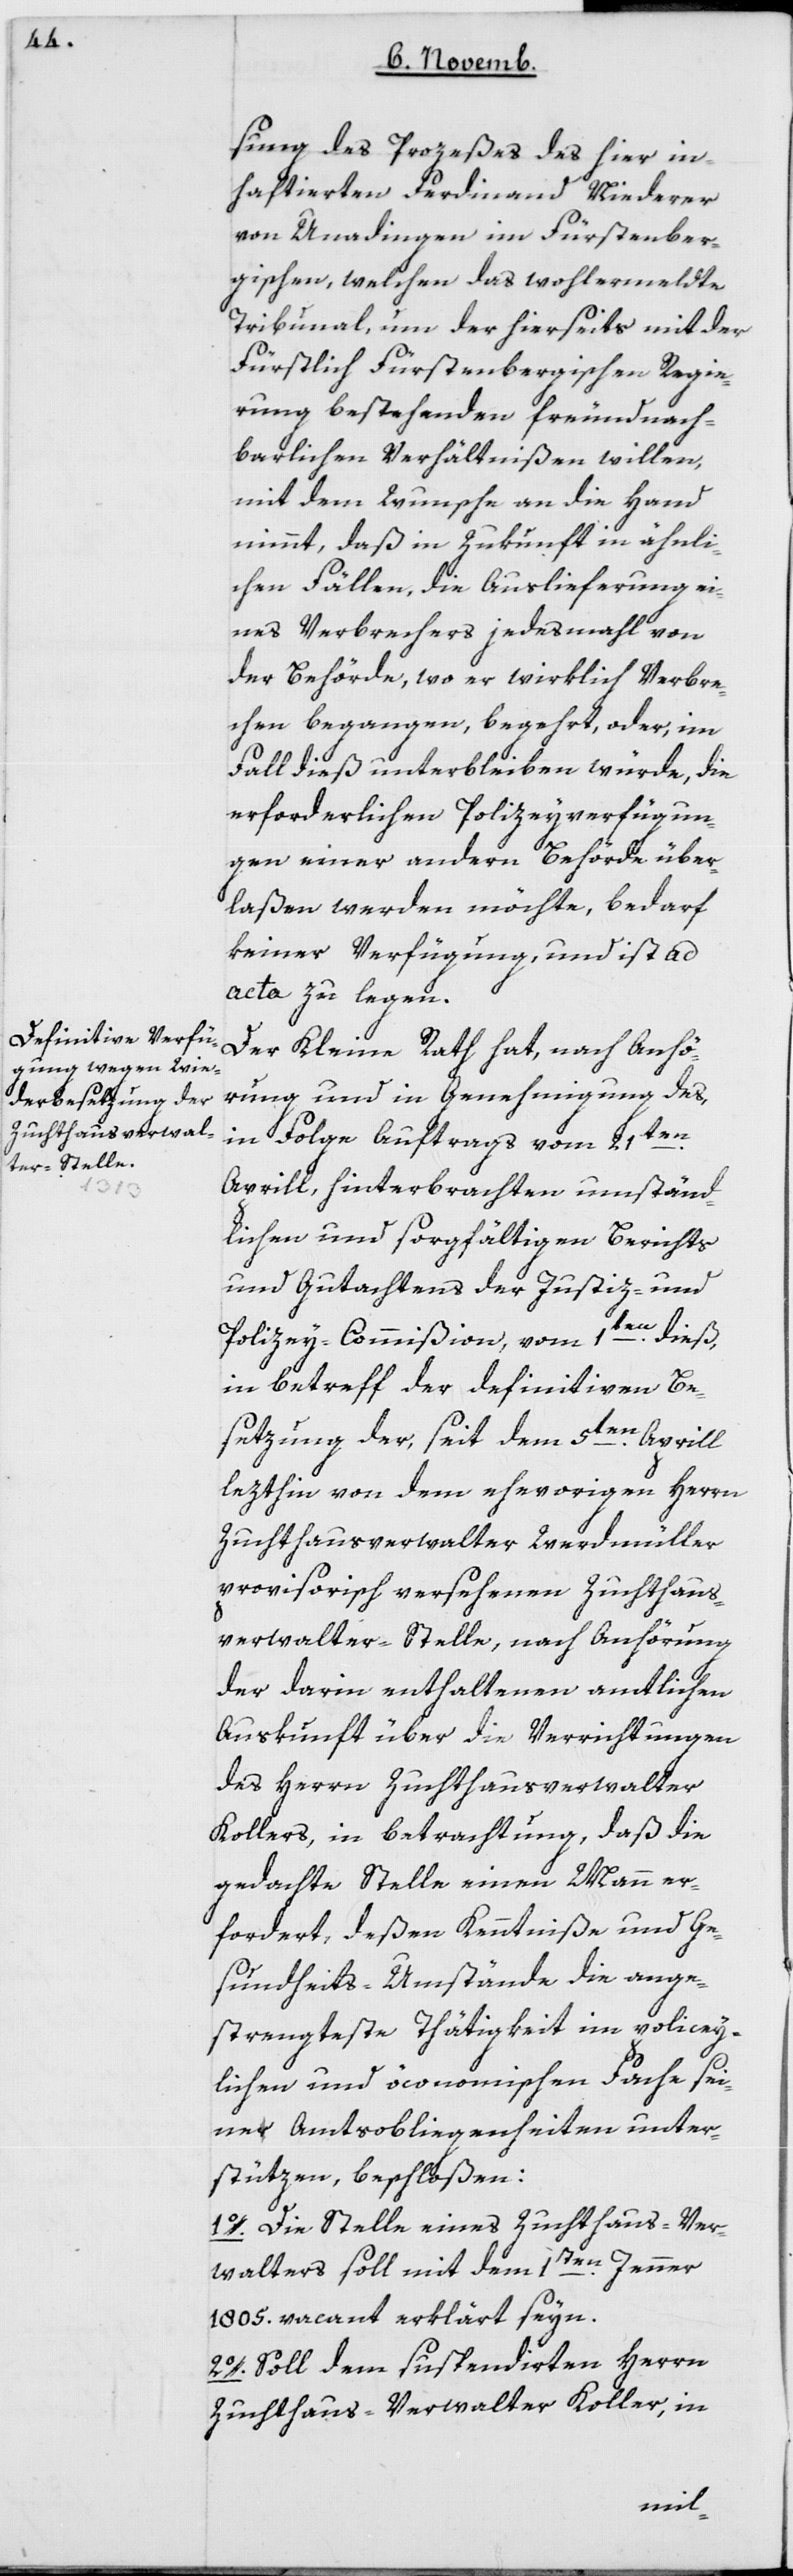
sung des Prozeßes des hier in¬
haftierten Ferdinand Niederer
von Unadingen im Fürstenber¬
gischen, welchen das wohlermeldte
Tribunal um der hierseits mit der
Fürstlich Fürstenbergischen Regie¬
rung bestehenden freundnach¬
barlichen Verhältnißen willen,
mit dem Wunsche an die Hand
nimmt, daß in Zukunft in ähnli¬
chen Fällen, die Auslieferung ei¬
nes Verbrechers jedesmahl von
der Behörde, wo er wirklich Verbre¬
chen begangen, begehrt, oder im
Fall dieß unterbleiben würde, die
erforderlichen Polizeyverfügun¬
gen einer andern Behörde über¬
laßen werden möchte, bedarf
keiner Verfügung, und ist ad
acta zu legen.
Der Kleine Rath hat, nach Anhö¬
rung und in Genehmigung des,
in Folge Auftrags vom 21ten
Aprill, hinterbrachten umständ¬
lichen und sorgfältigen Berichts
und Gutachtens der Justiz- und
Polizey-Commißion vom 1ten dieß,
in Betreff der definitiven Be¬
setzung der, seit dem 5ten Aprill
lezthin von dem ehevorigen Herrn
Zuchthausverwalter Werdmüller
provisorisch versehenen Zuchthaus¬
verwalter-Stelle, nach Anhörung
der darin enthaltenen amtlichen
Auskunft über die Verrichtungen
des Herrn Zuchthausverwalter
Kollers, in Betrachtung, daß die
gedachte Stelle einen Mann er¬
fordert, deßen Kenntniß und Ge¬
sundheits-Umstände die ange¬
strengteste Thätigkeit im polizey¬
lichen und öconomischen Fache sei¬
ne Obliegenheiten unter¬
stützen, beschloßen:
1. Die Stelle eines Zuchthaus-Ver¬
walters soll mit dem 1ten Jenner
1805 vacant erklärt seyn.
2. Soll dem suspendierten Herrn
Zuchthaus-Verwalter Koller, in